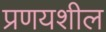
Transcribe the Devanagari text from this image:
प्रणयशील